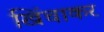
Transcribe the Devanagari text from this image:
खिंचाकर